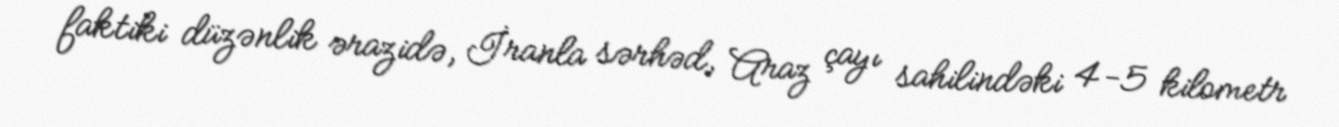
faktiki düzənlik ərazidə, İranla sərhəd, Araz çayı sahilindəki 4-5 kilometr